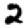
Digit: 2